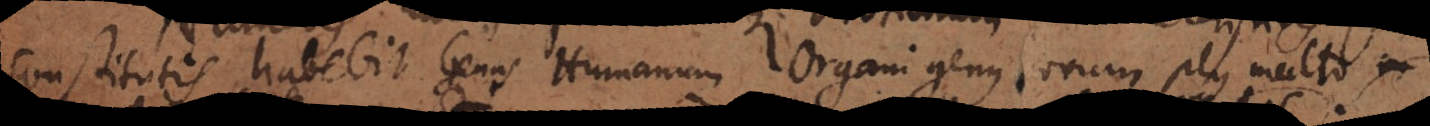
constitutis habebit genus humanum Organi genus novum, plus multo